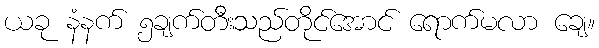
ယခု နံနက် ၅ချက်တီးသည်တိုင်အောင် ရောက်မလာ ချေ။